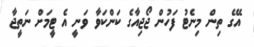
އޭގެ ތިން މިނެޓު ފަހުން ޖޯޖިއާގެ ކަންކަވާ ވަނީ އެ ޓީމަށް ނަތީޖާ